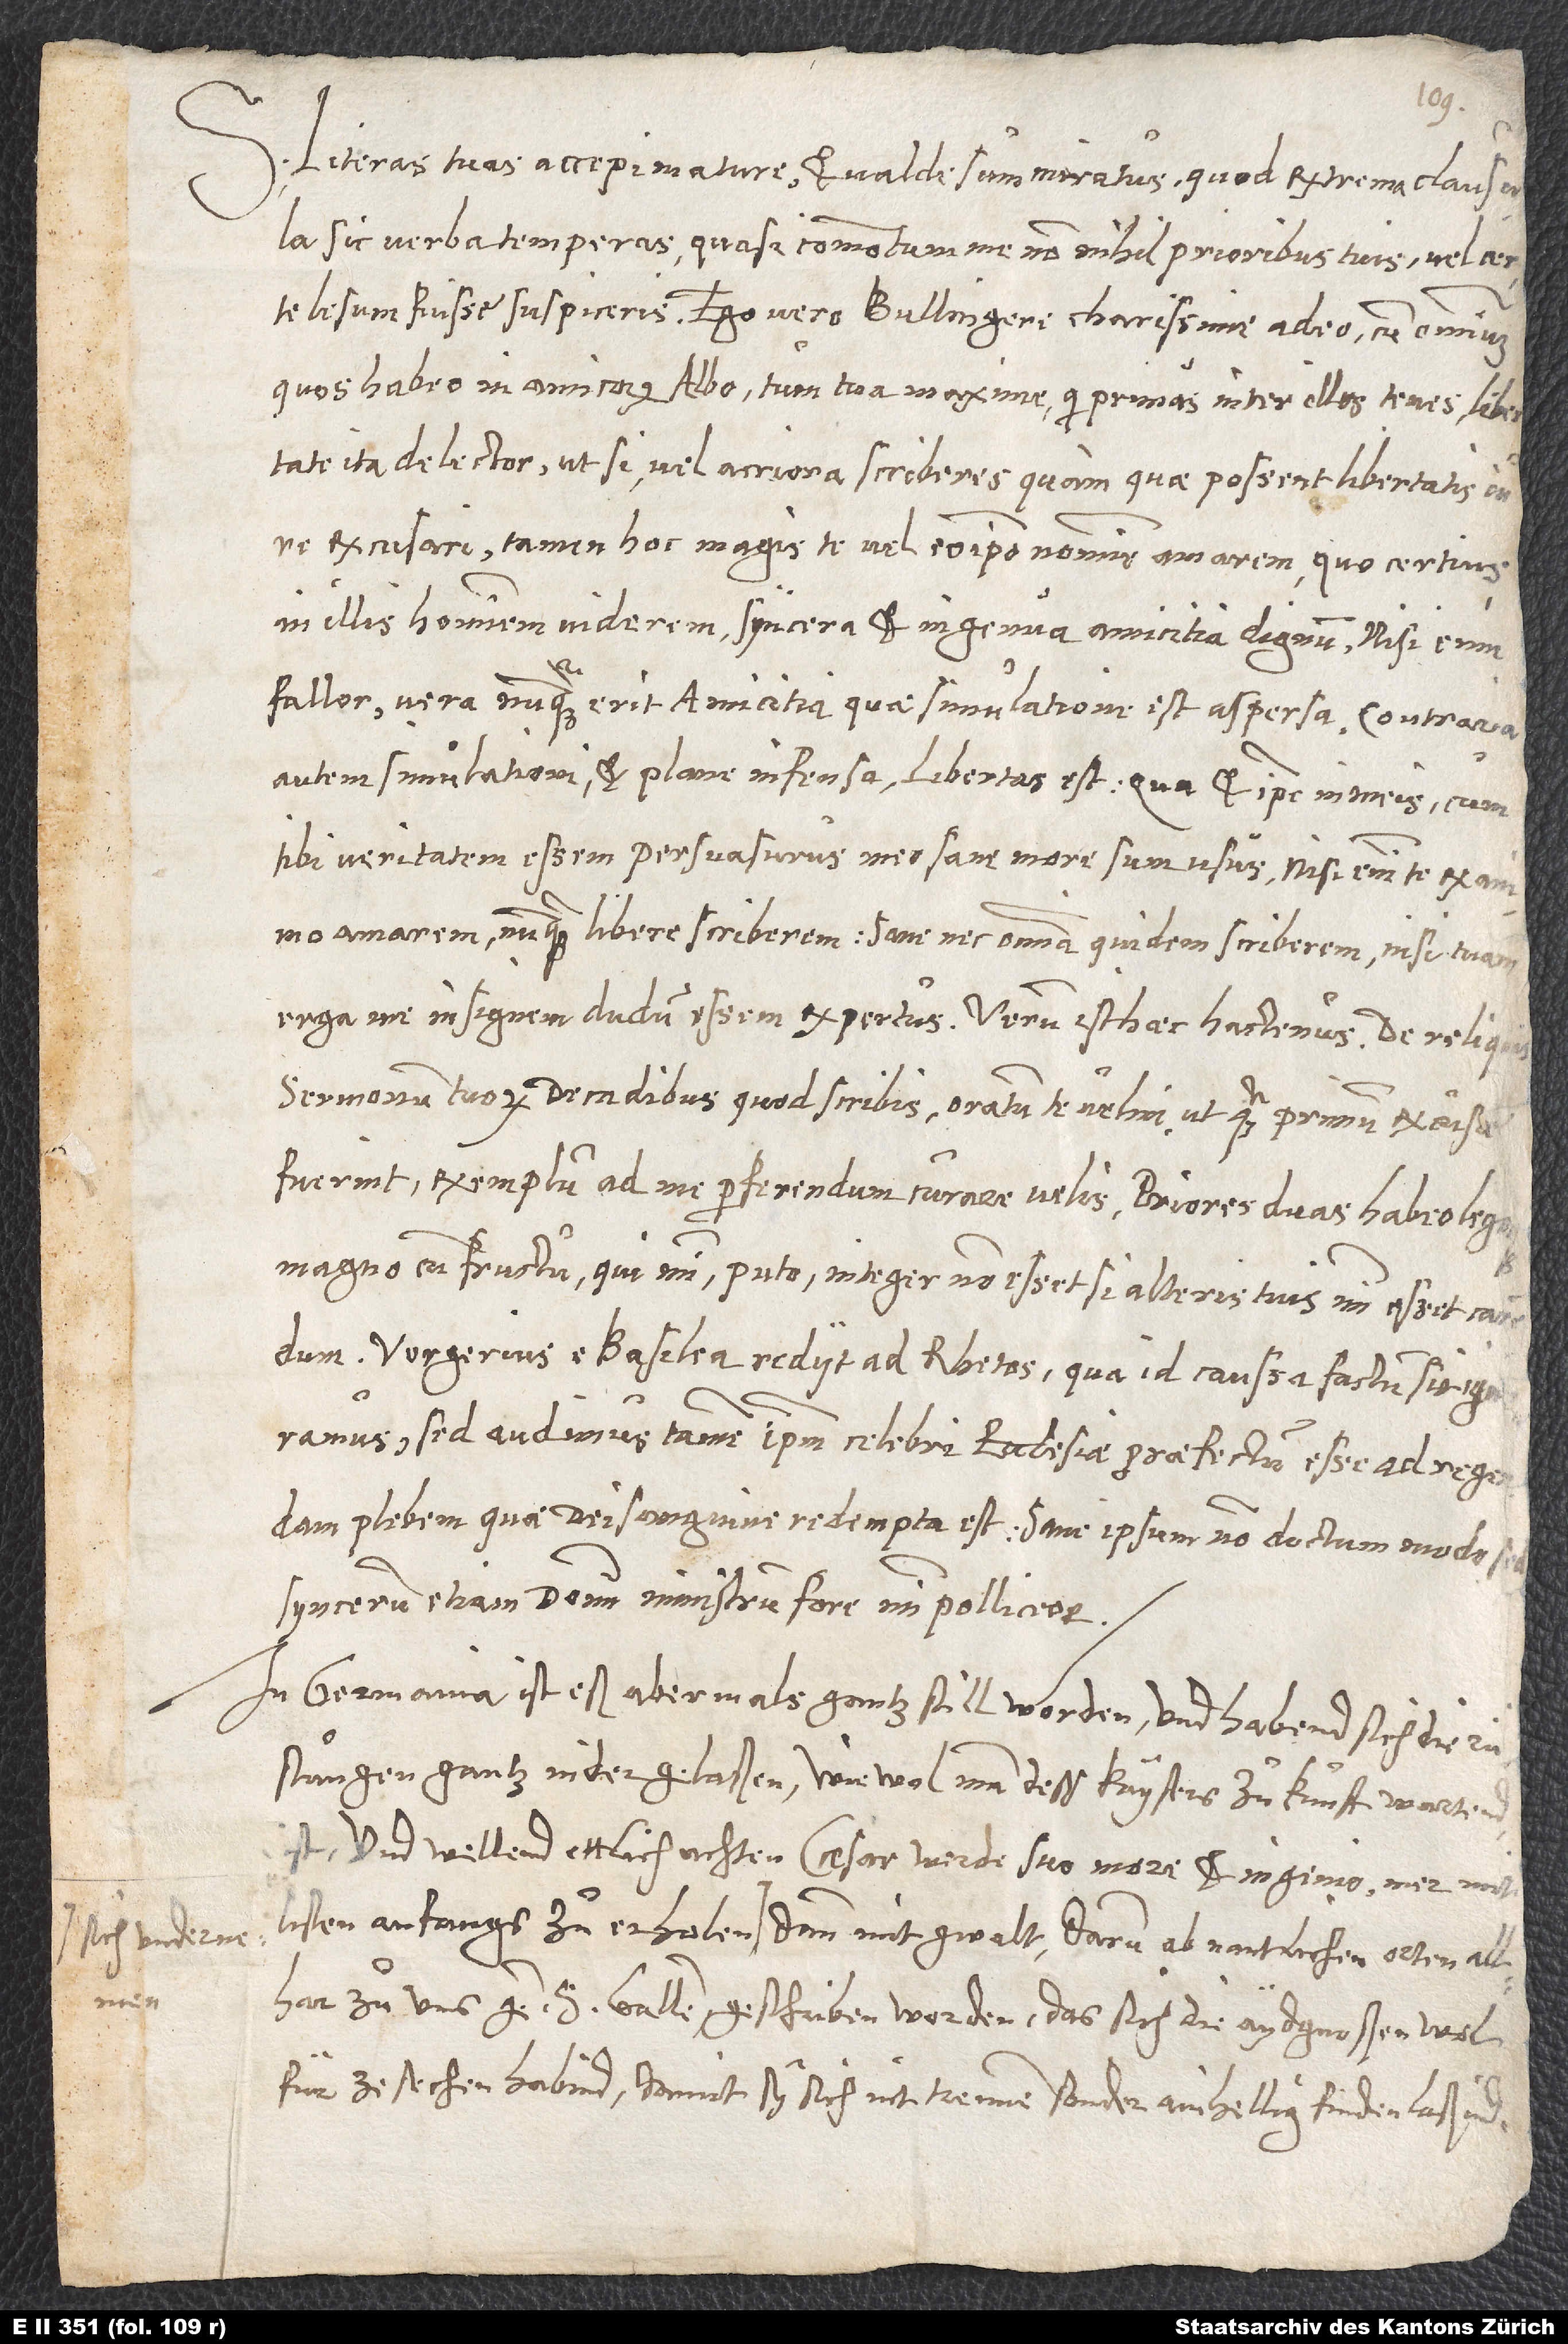
S. Literas tuas accepi mature et valde sum miratus, quod extrema clausula
sic verba temperas, quasi commotum me nonnihil prioribus tuis vel certe
lesum fuisse suspiceris. Ego vero, Bullingere charissime, adeo cum omnium,
quos habeo in amicorum albo, tum tua maxime, qui primas inter illos tenes, libertate
ita delector, ut, si vel acriora scriberes, quam quae possent libertatis iure
excusari, tamen hoc magis te vel eo ipso nomine amarem, quo certius
in illis hominem viderem syncera et ingenua amicitia dignum. Nisi enim
fallor, vera nunquam erit amicitia, quae simulatione est aspersa; contraria
autem simulationi et plane infensa libertas est, qua et ipse in meis, cum
tibi veritatem essem persuasurus, meo sane more sum usus. Nisi enim te ex animo
amarem, nunquam libere scriberem; sane nec omnia quidem scriberem, nisi tuam
erga me insignem dudum essem expertus. Verum isthaec hactenus. De reliquis
sermonum tuorum Decadibus quod scribis, oratum te velim, ut, quamprimum excusae
fuerint, exemplum ad me perferendum curare velis. Priores duas habeo legoque
magno cum fructu, qui mihi, puto, integer non esset, si alteris tuis mihi esset carendum.
Vergerius e Basilea rediit ad Rhetos. Qua id caussa factum sit, ignoramus;
sed audimus tamen, ipsum celebri ecclesiae praefectum esse ad regendam
plebem, quae dei sanguine redempta est. Sane ipsum non doctum modo, sed
syncerum etiam domini ministrum fore mihi polliceor.
In Germania ist eß abermals gantz still worden und habend sich die
rüstungen gantz nidergelaßen, wiewol man dess kaysers zuͦkunft wartend
ist; und wellend ettlich achten, Caesar werde suo more et ingenio mer mit
fürzesechen habind, damit sy sich nit trennen, sonder ainhellig finden laßind;